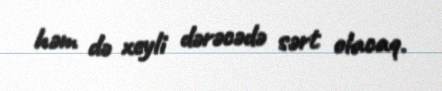
həm də xeyli dərəcədə sərt olacaq.